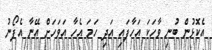
އެކޮޅުން ބުނި ވާހަކަ އަހާފައި އަދި ހަމަ އެހާ އަވަހަށް އޭނާ އެފޯނު